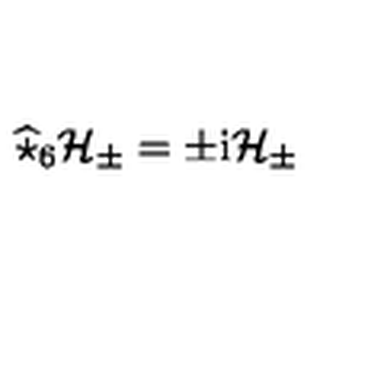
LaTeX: \widehat { \star } _ { 6 } { \mathcal { H } } _ { \pm } = \pm \mathrm { i } { \mathcal { H } } _ { \pm }